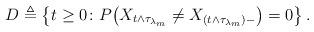
LaTeX: \begin{align*}D \triangleq \left\{t \geq 0 \colon P\big(X_{t \wedge \tau_{\lambda_{m}}} \not = X_{(t \wedge \tau_{\lambda_{m}})-}\big) = 0\right\}.\end{align*}